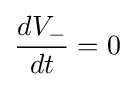
{\frac {dV_{-}}{dt}}=0